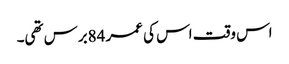
اس وقت اس کی عمر 84برس تھی۔